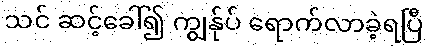
သင် ဆင့်ခေါ်၍ ကျွန်ုပ် ရောက်လာခဲ့ရပြီ